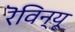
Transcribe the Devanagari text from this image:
रॆविन्यू